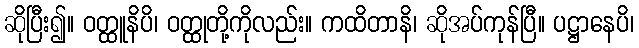
ဆိုပြီး၍။ ဝတ္ထူနိပိ၊ ဝတ္ထုတို့ကိုလည်း။ ကထိတာနိ၊ ဆိုအပ်ကုန်ပြီ။ ပဋ္ဌာနေပိ၊